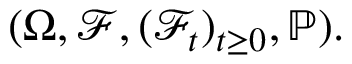
( \Omega , { \mathcal { F } } , ( { \mathcal { F } } _ { t } ) _ { t \geq 0 } , \mathbb { P } ) .